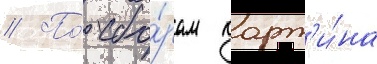
// По́ сбо́рам карт'и́на